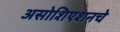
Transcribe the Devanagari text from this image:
असोशिएशनचे